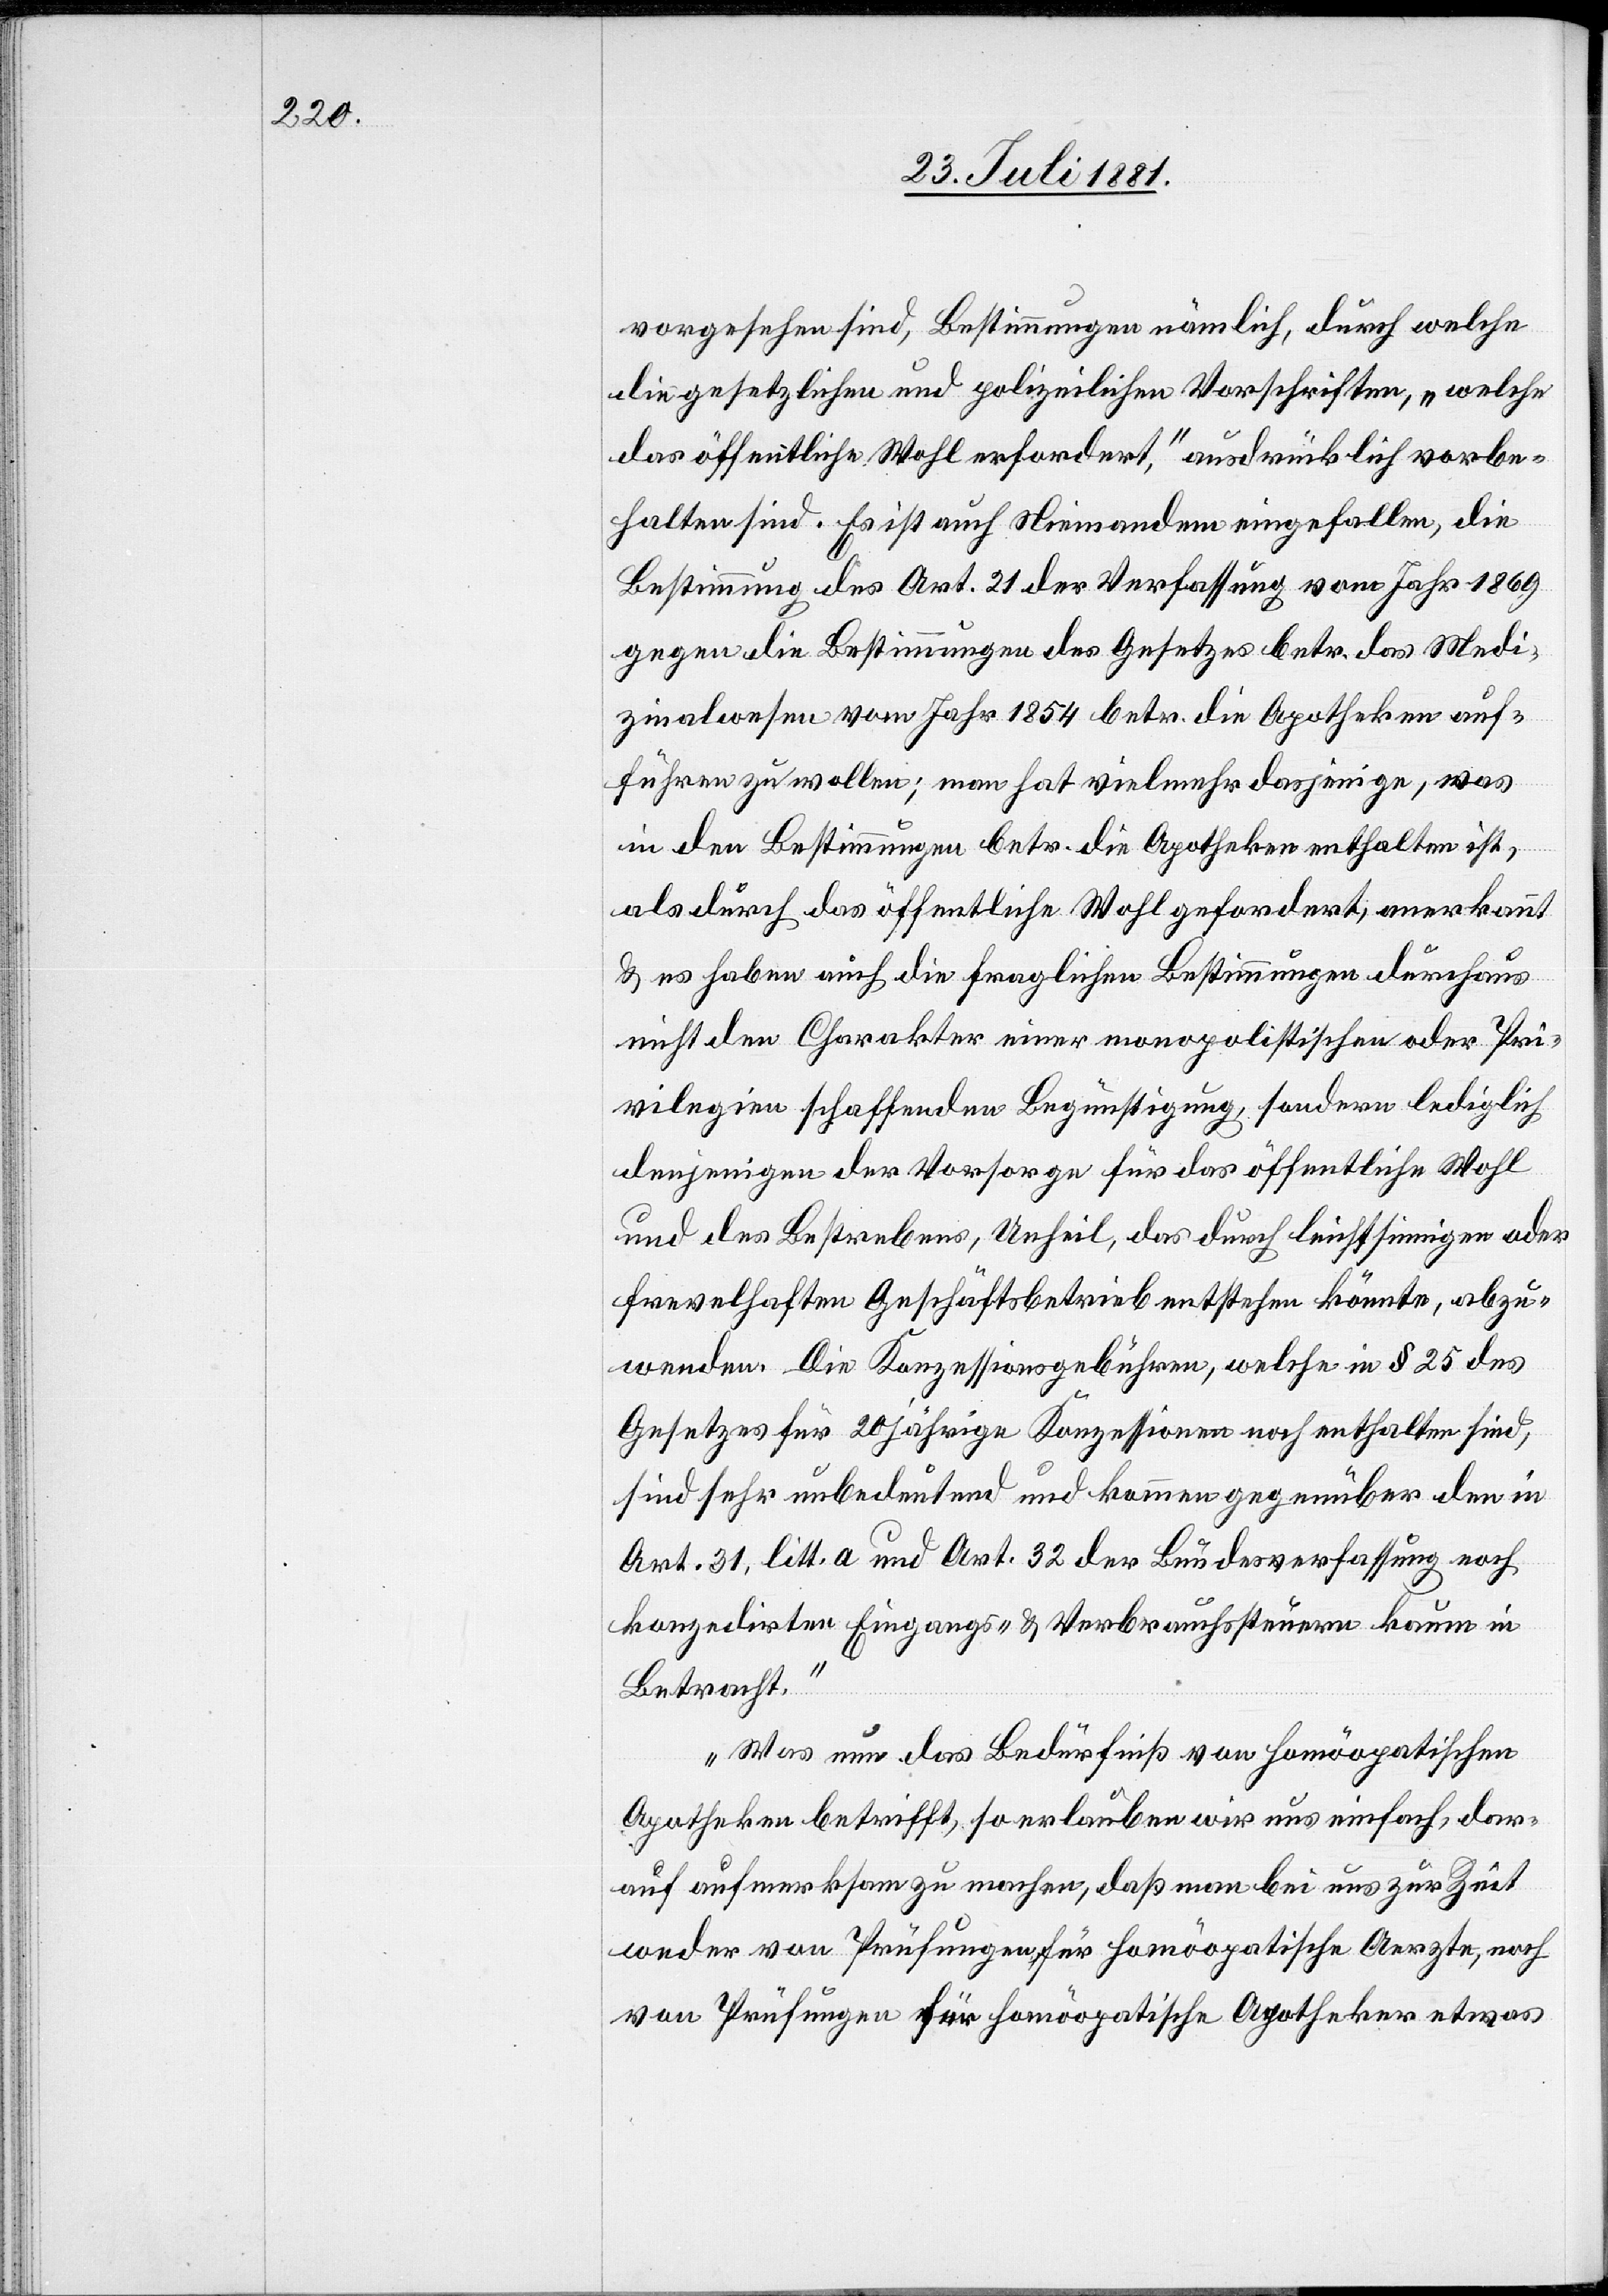
vorgesehen sind, Bestimmungen nämlich, durch welche
die gesetzlichen und polizeilichen Vorschriften, „welche
das öffentliche Wohl erfordert,“ ausdrücklich vorbe¬
halten sind. Es ist auch Niemandem eingefallen, die
Bestimmung des Art. 21 der Verfassung vom Jahr 1869
gegen die Bestimmungen des Gesetzes betr. das Medi¬
zinalwesen vom Jahr 1854 betr. die Apotheken aufz¬
uführen zu wollen; man hat vielmehr dasjenige, was
in den Bestimmungen betr. die Apotheken enthalten ist,
als durch das öffentliche Wohl gefordert, anerkannt
& es haben auch die fraglichen Bestimmungen durchaus
nicht den Charakter einer monopolistischen oder Pri¬
vilegien schaffenden Begünstigung, sondern lediglich
denjenigen der Vorsorge für das öffentliche Wohl
und des Bestrebens, Urtheil, das durch leichtsinnigen oder
frevelhaften Geschäftsbetrieb entstehen könnte, abzu¬
wenden. Die Konzessionsgebühren, welche in § 25 des
Gesetzes für 20 jährige Konzessionen noch enthalten sind,
sind sehr unbedeutend und kommen gegenüber den in
Art. 31, litt. a und Art. 32 der Bundesverfassung nach
konzedirten Eingangs- & Verbrauchsteuern kaum in
Betracht.
Was nun das Bedürfniß von homöopathischen
Apotheken betrifft, so erlauben wir uns einfach, dar¬
auf aufmerksam zu machen, daß man bei uns zur Zeit
weder von Prüfungen für homöopathische Aerzte, noch
von Prüfungen für homöopathische Apotheker etwas